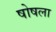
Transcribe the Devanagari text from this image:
षोषला